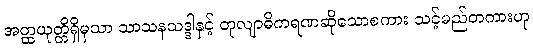
အတ္ထယုတ္တိရှိမှသာ သာသနသဒ္ဒါနှင့် တုလျာဓိကရဏဆိုသောစကား သင့်မည်တကားဟု